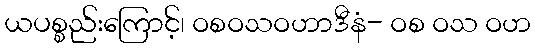
ယပစ္စည်းကြောင့်၊ ဝစဝသဝဟာဒီနံ- ဝစ ဝသ ဝဟ